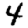
Digit: 4